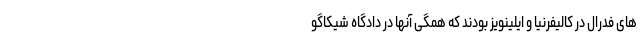
های فدرال در کالیفرنیا و ایلینویز بودند که همگی آنها در دادگاه شیکاگو